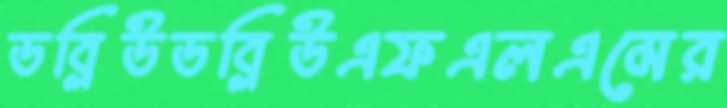
ডব্লিউডব্লিউএফএলএমের